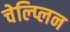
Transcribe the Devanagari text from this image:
चेल्प्लिन